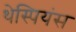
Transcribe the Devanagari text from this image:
थेस्पियंस